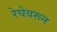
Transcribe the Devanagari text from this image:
रेघेवरून